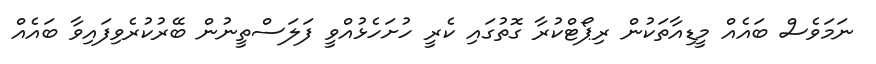
ނަމަވެސް ބައެއް މީޑިއާތަކުން ރިޕޯޓްކުރާ ގޮތުގައި ކެރީ ހުށަހެޅުއްވީ ފަލަސްތީނުން ބޭރުކުރެވިފައިވާ ބައެއް